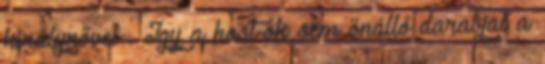
királynővel . Így a host-ok sem önálló darabjai a